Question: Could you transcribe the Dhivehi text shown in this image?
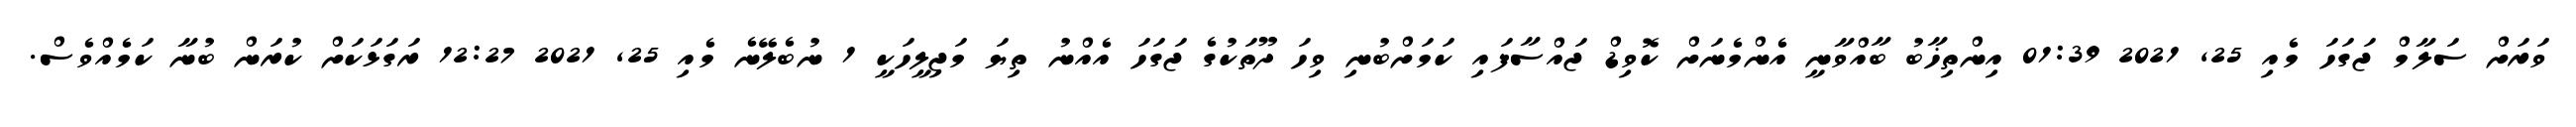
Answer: ވަރަށް ސަލާމް ޖަގަހަ މެއި 25, 2021 01:39 އިންތިޚާބު ބާއްވާނީ އެންމެނަށް ކޮވިޑް ޖައްސާފައި ކަމަށްބުނި ވިހަ ދޫތަކުގެ ޖަގަހަ އެއްނު ތިޔަ މަޖިލީހަކީ 1 ނުބެލޭނެ މެއި 25, 2021 12:27 ރަގަޅަކަށް ކުރަން ބުނާ ކަމެއްވެސް.